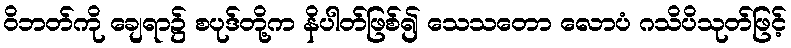
ဝိဘတ်ကို ချေရာ၌ စပုဒ်တို့က နိပါတ်ဖြစ်၍ သေသတော လောပံ ဂသိပိသုတ်ဖြင့်